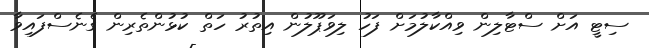
ސިޓީ އަށް ސްޓާލިން ވިއްކާލުމަށް ފަހު ލިވަޕޫލުން އިތުރު ހަތް ކުޅުންތެރިން ގެނެސްފައިވާ